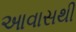
આવાસથી